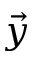
\vec { y }